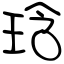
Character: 琀